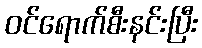
ဝင်ရောက်စီးနင်းပြီး